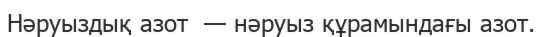
Нәруыздық азот  — нәруыз құрамындағы азот.